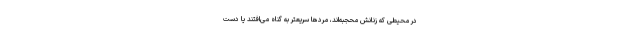
در محیطی که زنانش محجبه‌اند، مردها سریعتر به گناه می‌افتند یا دست